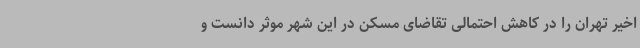
اخیر تهران را در کاهش احتمالی تقاضای مسکن در این شهر موثر دانست و